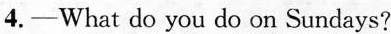
4.—What do you do on Sundays?